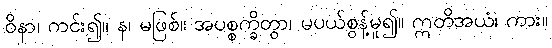
ဝိနာ၊ ကင်း၍။ န၊ မဖြစ်။ အပစ္စက္ခိတွာ၊ မပယ်စွန့်မူ၍။ ဣတိအယံ၊ ကား။